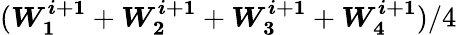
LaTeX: (\boldsymbol{W_{1}^{i+1}}+\boldsymbol{W_{2}^{i+1}}+\boldsymbol{W_{3}^{i+1}}+\boldsymbol{W_{4}^{i+1}})/4